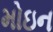
મોઇન